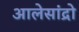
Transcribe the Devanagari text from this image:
आलेसांद्रो